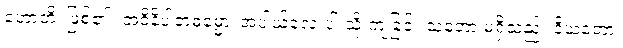
ဟောတိ၊ ဖြစ်၏။ အဝိနိပါတဓမ္မော၊ အပါယ်လေးပါးသို့ ကျခြင်း သဘော မရှိသည်။ နိယတော၊